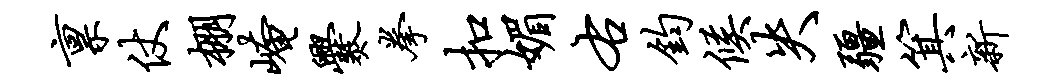
禀仗棚崦爨拳扣媚右钧候失疆箕新